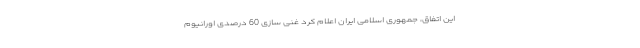
این اتفاق، جمهوری اسلامی ایران اعلام کرد غنی سازی 60 درصدی اورانیوم